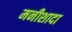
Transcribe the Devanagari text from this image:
मनीशादा